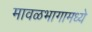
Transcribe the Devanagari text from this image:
मावळभागामध्ये